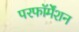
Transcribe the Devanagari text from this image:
परफॉर्मेंशन